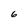
Character: 6